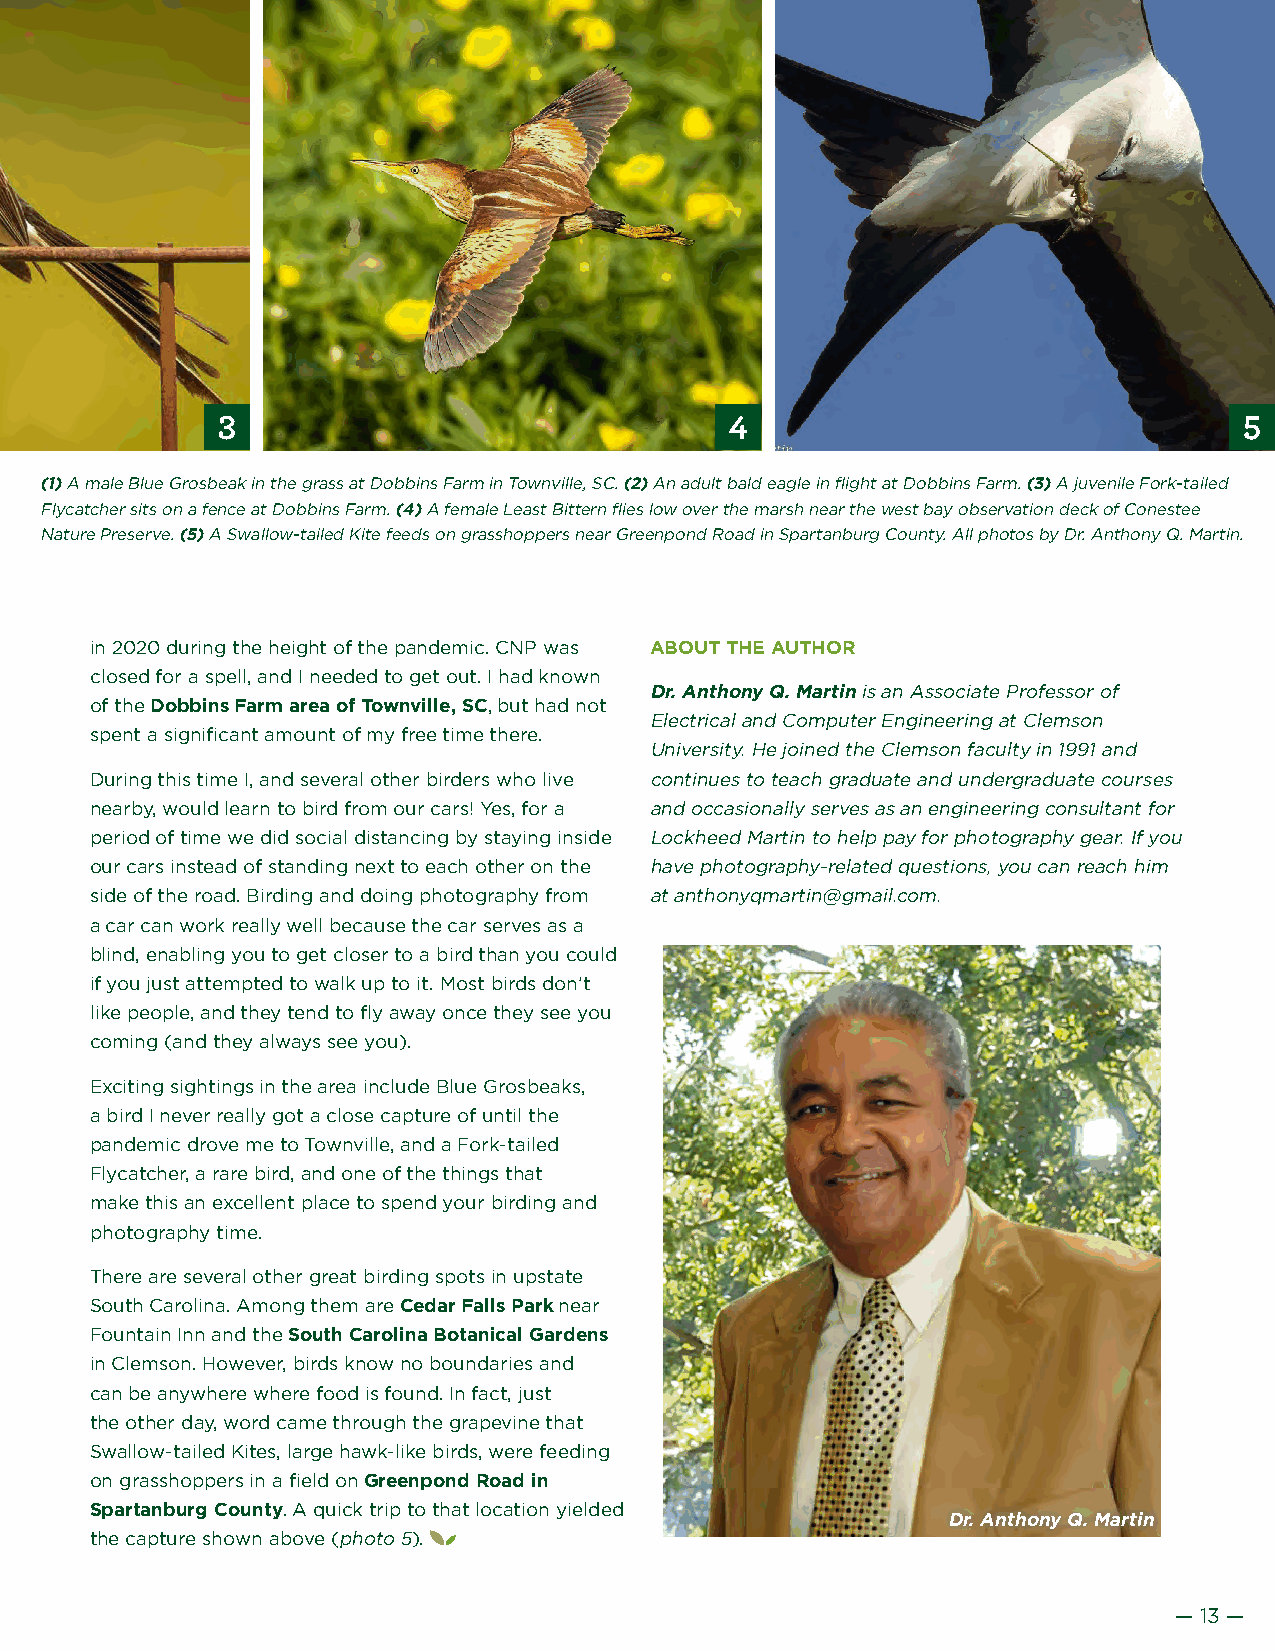
3                                 4                                 5
 (1) A male Blue Grosbeak in the grass at Dobbins Farm in Townville, SC. (2) An adult bald eagle in flight at Dobbins Farm. (3) A juvenile Fork-tailed
 Flycatcher sits on a fence at Dobbins Farm. (4) A female Least Bittern flies low over the marsh near the west bay observation deck of Conestee
 Nature Preserve. (5) A Swallow-tailed Kite feeds on grasshoppers near Greenpond Road in Spartanburg County. All photos by Dr. Anthony Q. Martin.
 in 2020 during the height of the pandemic. CNP was ABOUT THE AUTHOR
 closed for a spell, and I needed to get out. I had known
 Dr. Anthony Q. Martin is an Associate Professor of
 of the Dobbins Farm area of Townville, SC, but had not
 Electrical and Computer Engineering at Clemson
 spent a significant amount of my free time there.
 University. He joined the Clemson faculty in 1991 and
 During this time I, and several other birders who live continues to teach graduate and undergraduate courses
 nearby, would learn to bird from our cars! Yes, for a and occasionally serves as an engineering consultant for
 period of time we did social distancing by staying inside Lockheed Martin to help pay for photography gear. If you
 our cars instead of standing next to each other on the have photography-related questions, you can reach him
 side of the road. Birding and doing photography from at anthonyqmartin@gmail.com.
 a car can work really well because the car serves as a
 blind, enabling you to get closer to a bird than you could
 if you just attempted to walk up to it. Most birds don’t
 like people, and they tend to fly away once they see you
 coming (and they always see you).
 Exciting sightings in the area include Blue Grosbeaks,
 a bird I never really got a close capture of until the
 pandemic drove me to Townville, and a Fork-tailed
 Flycatcher, a rare bird, and one of the things that
 make this an excellent place to spend your birding and
 photography time.
 There are several other great birding spots in upstate
 South Carolina. Among them are Cedar Falls Park near
 Fountain Inn and the South Carolina Botanical Gardens
 in Clemson. However, birds know no boundaries and
 can be anywhere where food is found. In fact, just
 the other day, word came through the grapevine that
 Swallow-tailed Kites, large hawk-like birds, were feeding
 on grasshoppers in a field on Greenpond Road in
 Spartanburg County. A quick trip to that location yielded
 Dr. Anthony Q. Martin
 the capture shown above (photo 5).
 — 13 —